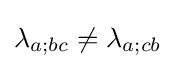
\lambda _{a;bc}\neq \lambda _{a;cb}